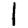
Digit: 1